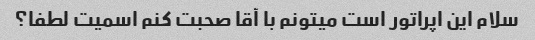
سلام این اپراتور است میتونم با آقا صحبت کنم اسمیت لطفا؟